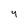
Character: 9